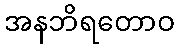
အနဘိရတောဝ